Riigikantselei, lk 7
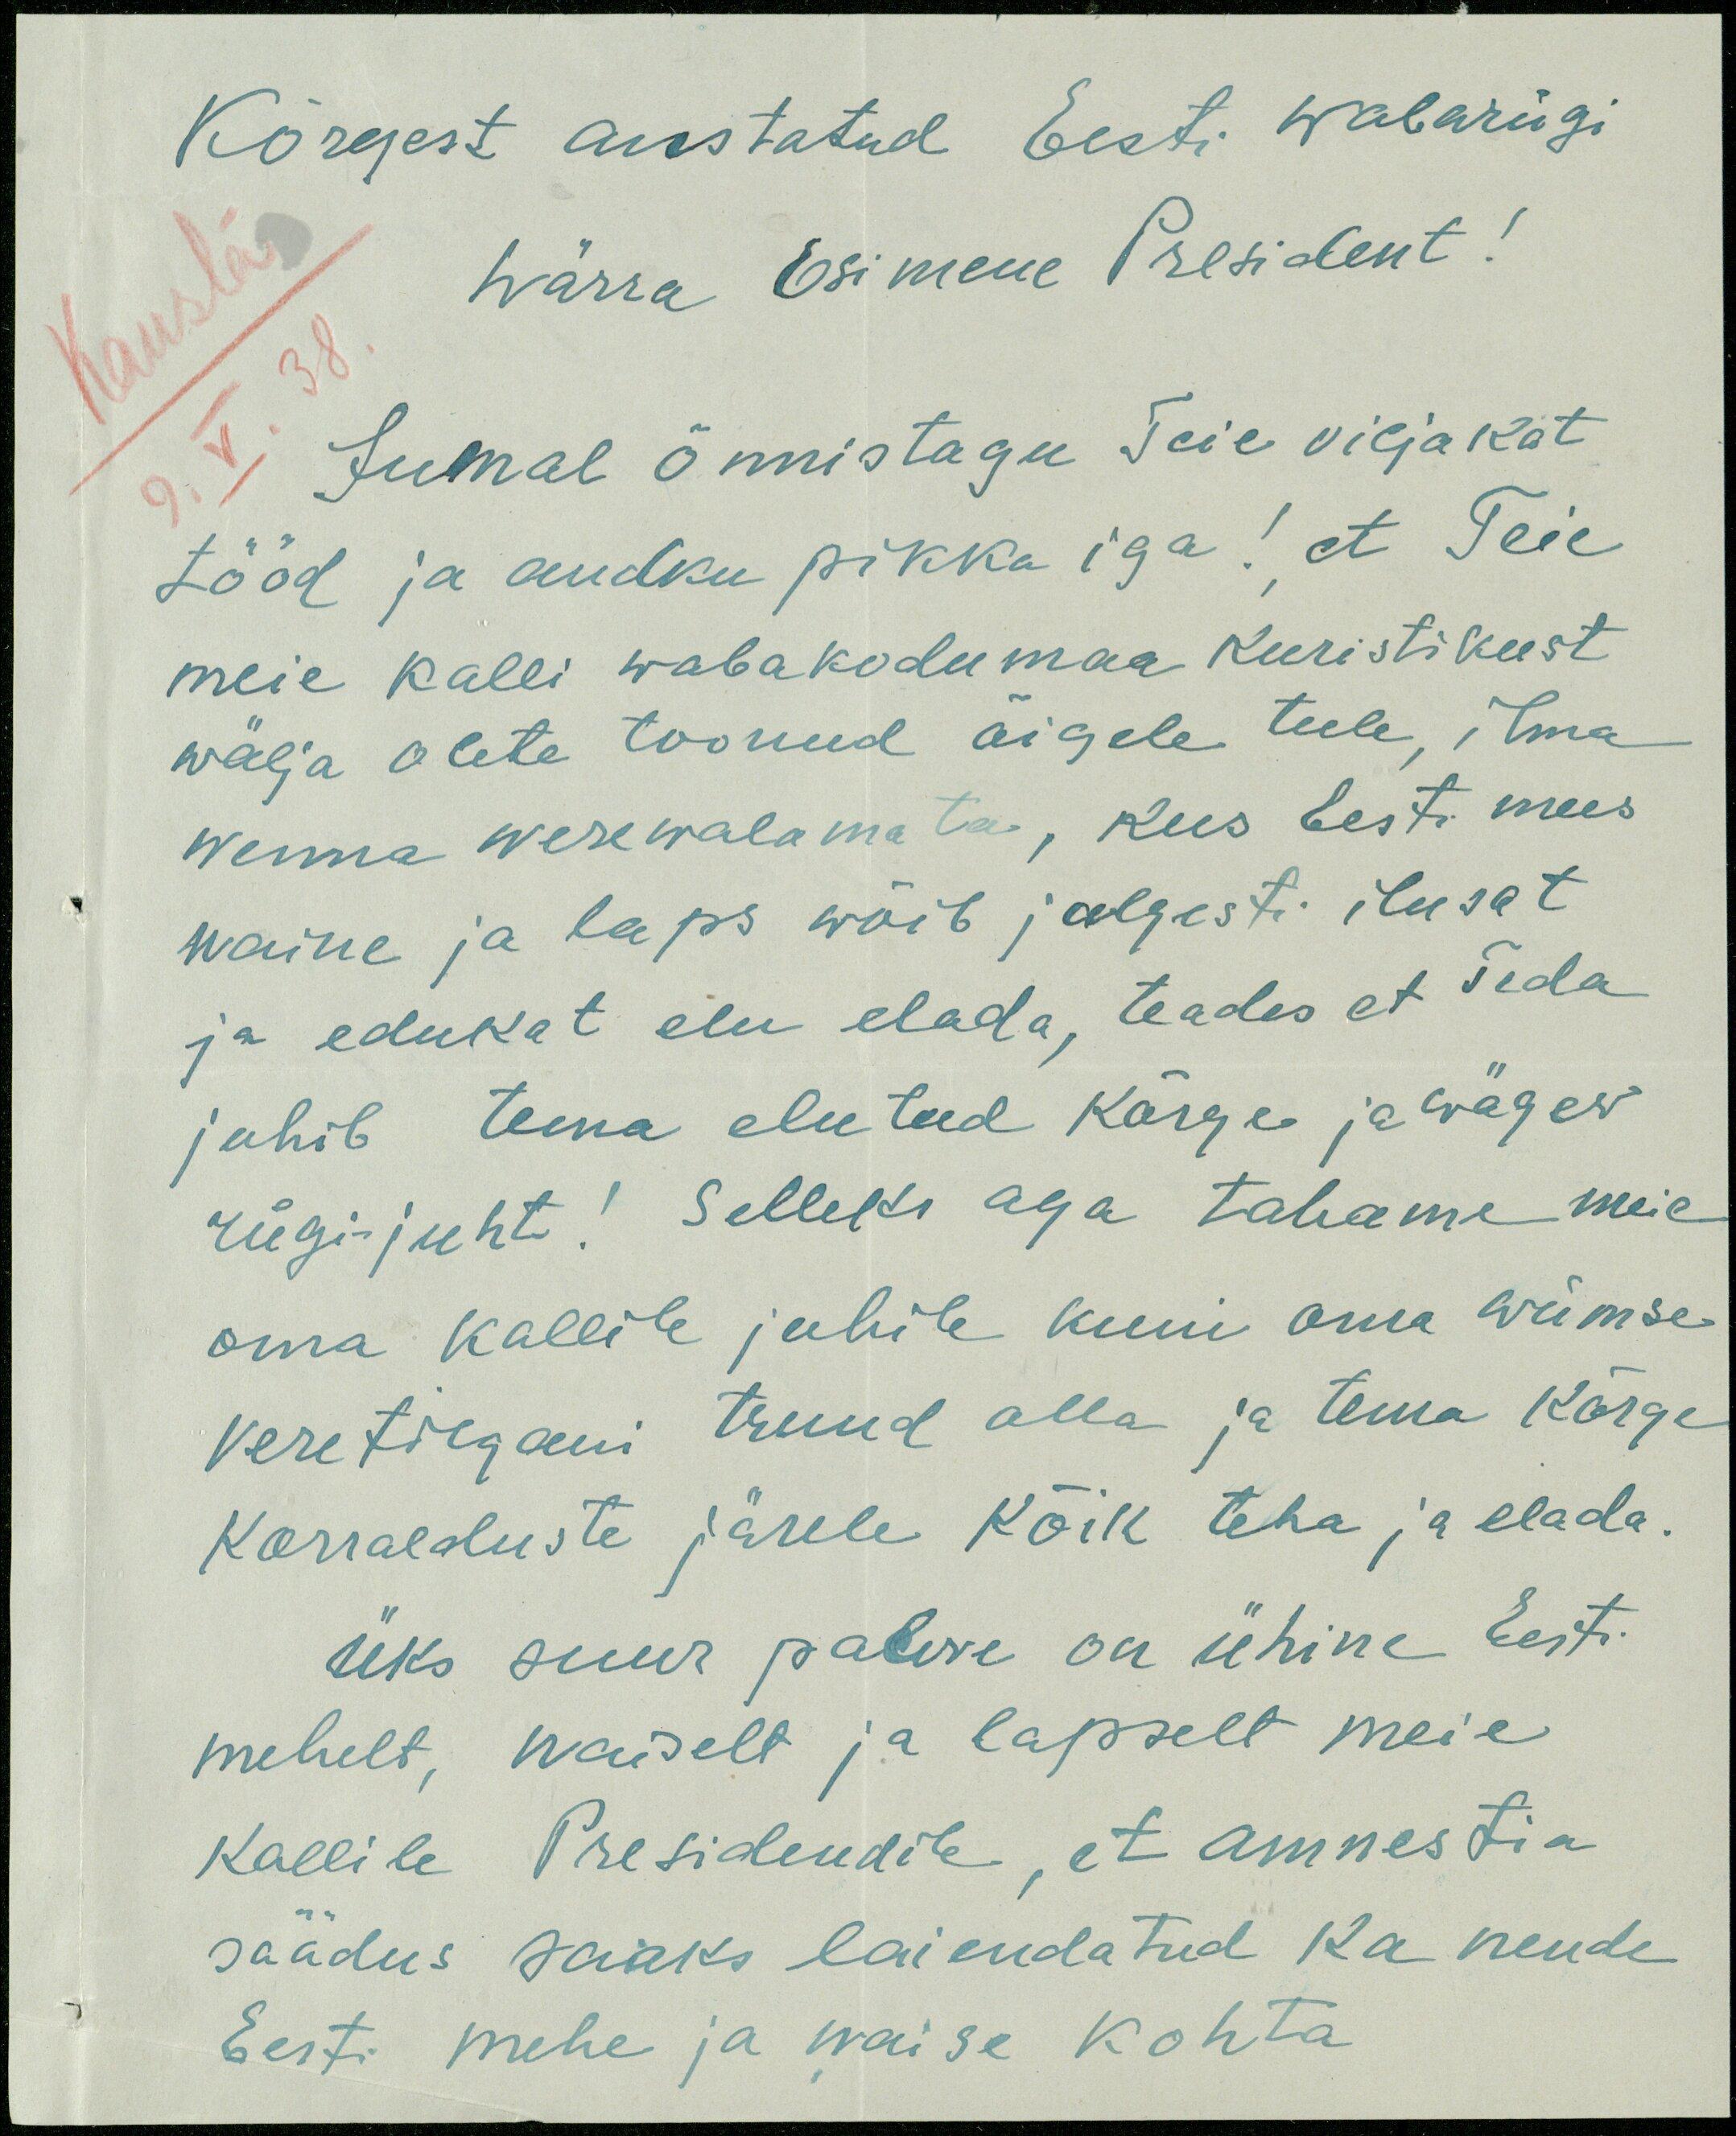
Kõrgest austatud Eesti wabariigi
härra Esimene President!
Kausta
Jumal õnnistagu Teie viljakat
9.V.38
tööd ja andku pikka iga! et Teie
meie kalli wabakodumaa kuristikust
wälja olete toonud õigele teele, ilma
wenna werewalamata, kus Eesti mees
naine ja laps wõib julgesti ilusat
ja edukat elu elada, teades et Teda
juhib tema eluteed kõrge ja wägew
riigi-juht! Selleks aga tahame meie
oma Kallile juhile kuni oma wiimse
veretilgani truud olla ja tema kõrge
korralduste järele Kõik teha ja elada.
Üks suur palwe on ühine Eesti
mehelt, naiselt ja lapselt meie
kallile Presidendile, et amnestia
säädus saaks laiendatud ka nende
Eesti mehe ja naise kohta